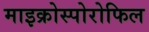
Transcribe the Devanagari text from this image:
माइक्रोस्पोरोफिल